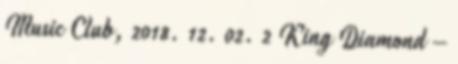
Music Club, 2018. 12. 02. 2 King Diamond –